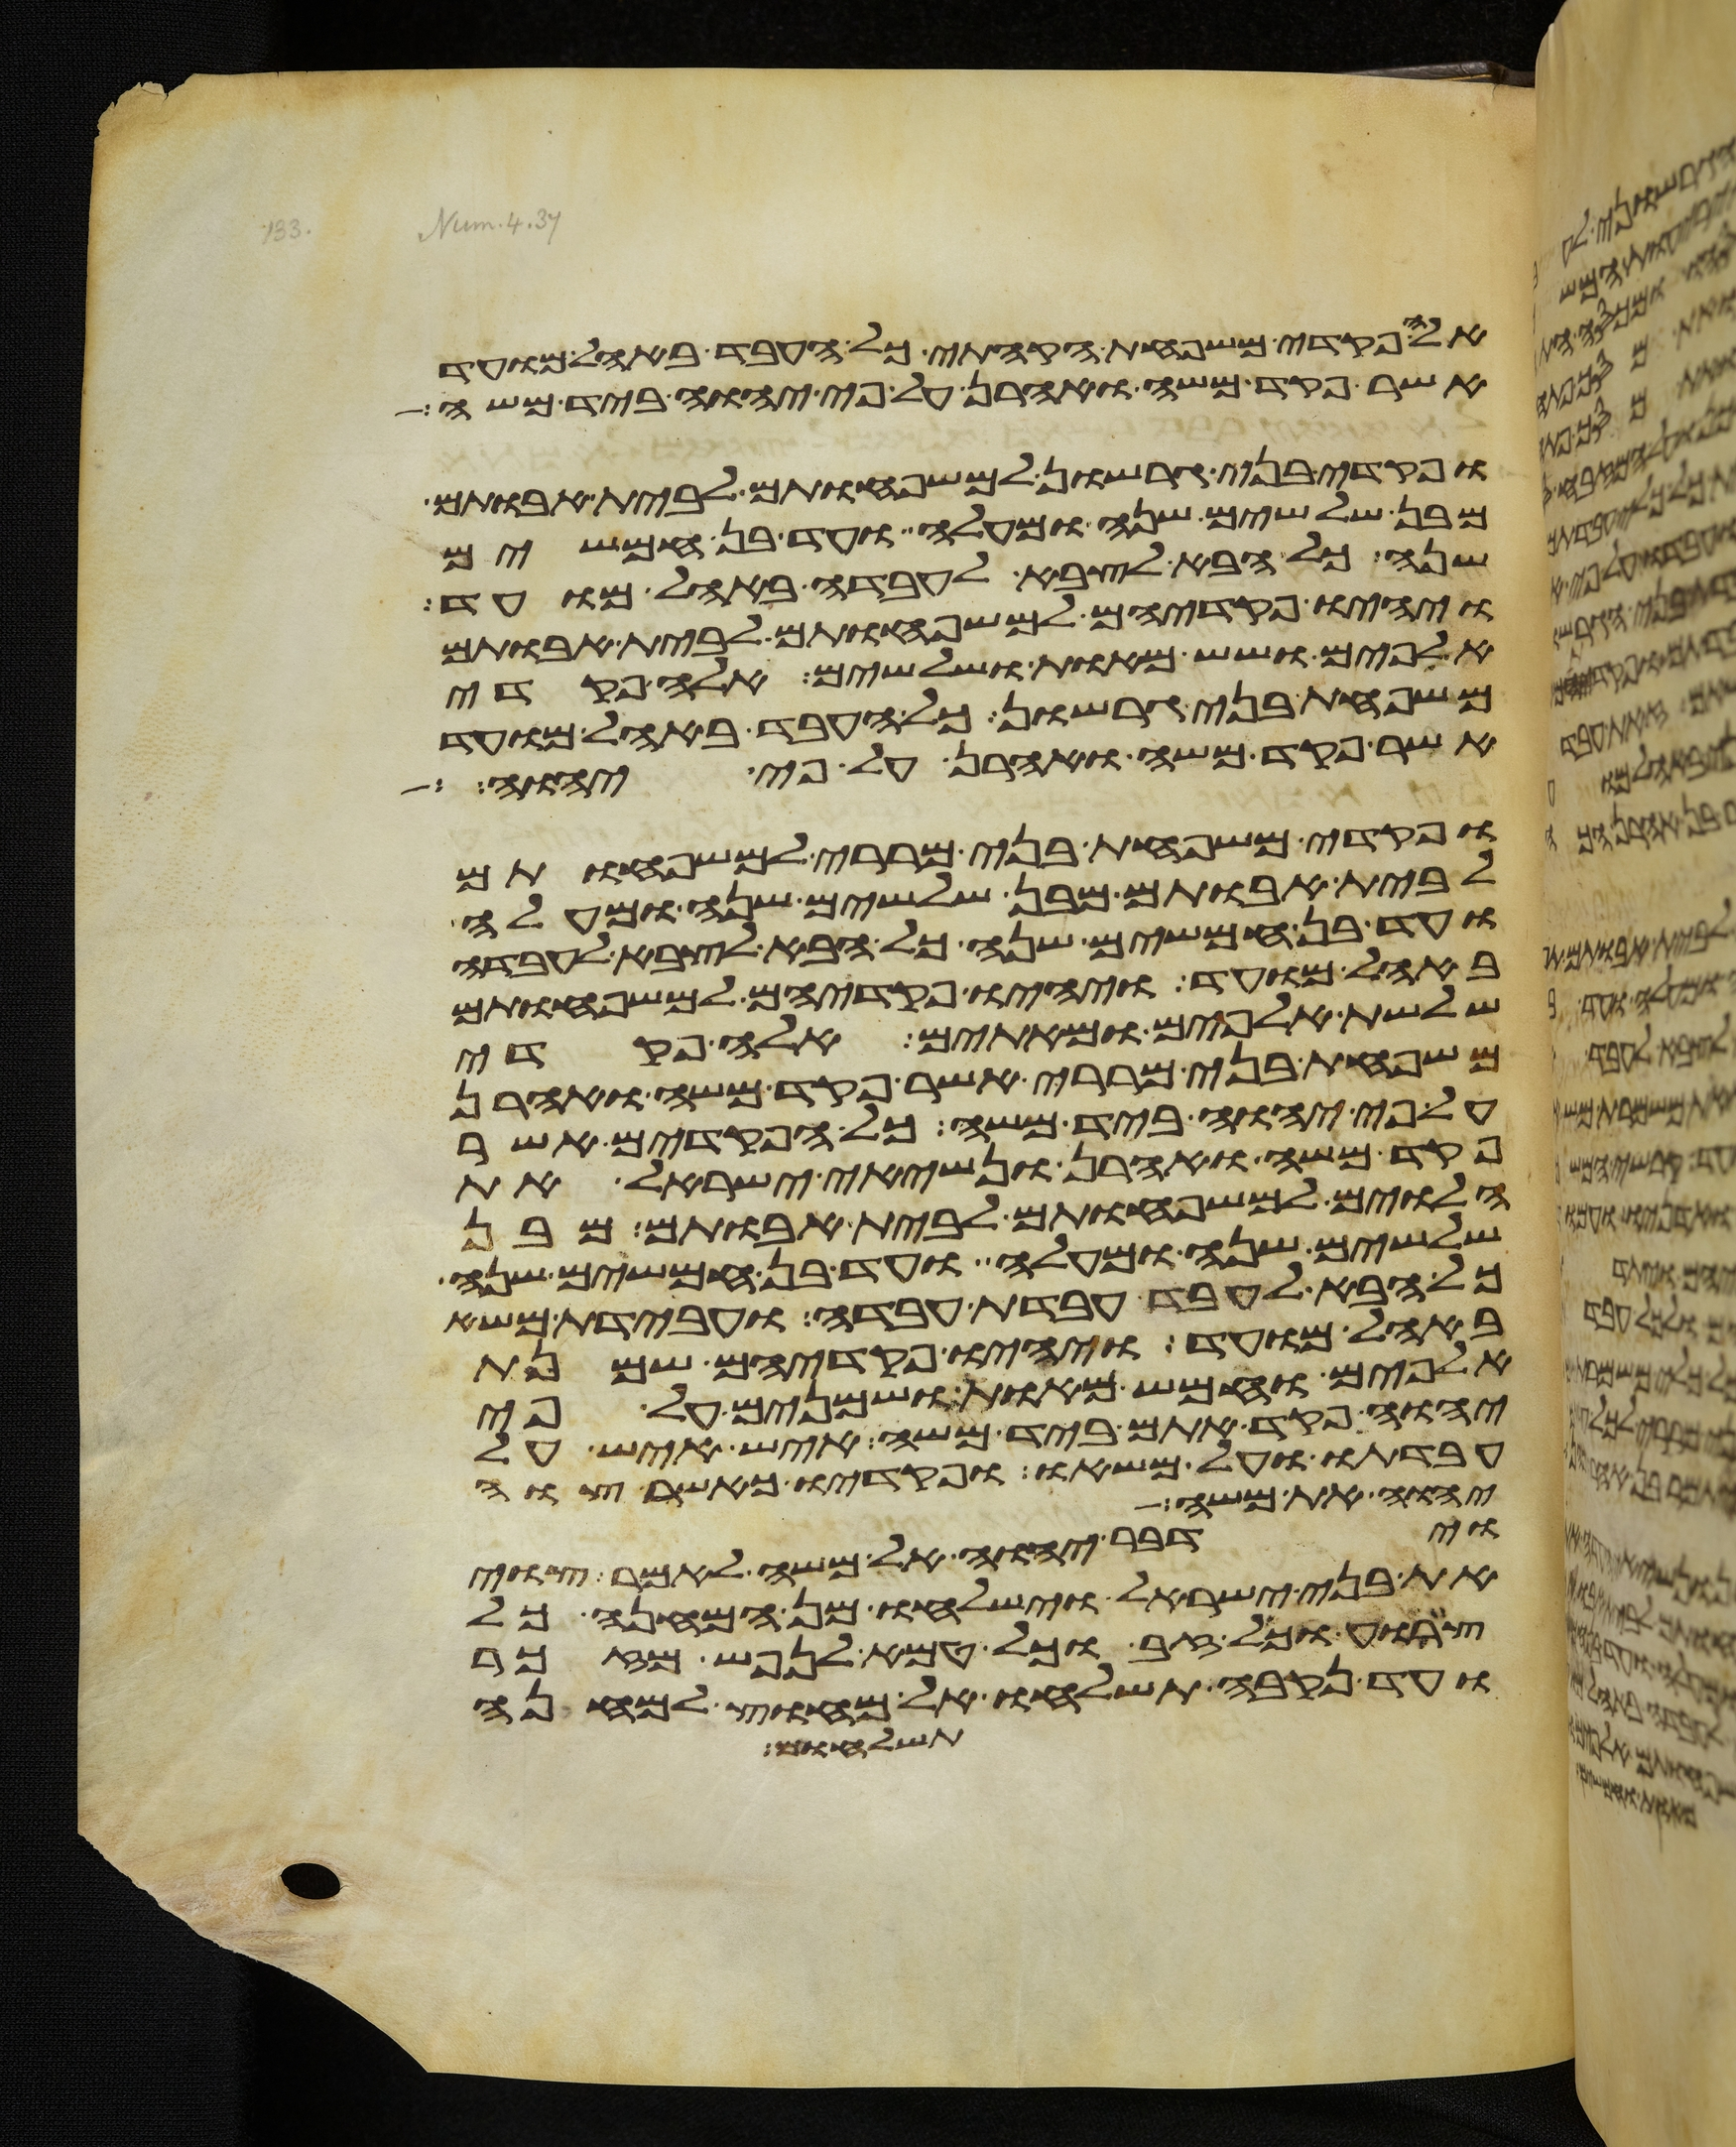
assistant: אלה פקדי משפחת הקהתי כל העבד באהל מועד
אשר פקד משה ואהרן על פי יהוה ביד משה
ופקדי בני גרשון למשפחותם לבית אבותם
מבן שלשים שנה ומעלה ועד בן חמשים
שנה כל הבא לצבא לעבדה באהל מועד
ויהיו פקדיהם למשפחותם לבית אבותם
אלפים ושש מאות ושלשים אלה פקדי
משפחת בני גרשון כל העבד באהל מועד
אשר פקד משה ואהרן על פי יהוה
ופקדי משפחת בני מררי למשפחותם
לבית אבותם מבן שלשים שנה ומעלה
ועד בן חמשים שנה כל הבא לצבא לעבדה
באהל מועד ויהיו פקדיהם למשפחותם
שלשת אלפים ומאתים אלה פקדי
משפחת בני מררי אשר פקד משה ואהרן
על פי יהוה ביד משה כל הפקדים אשר
פקד משה ואהרן ונשיאי ישראל את
הלוים למשפחותם לבית אבותם מבן
שלשים שנה ומעלה ועד בן חמשים שנה
כל הבא לעבד עבדת עבדה ועבדת משא
באהל מועד ויהיו פקדיהם שמנת
אלפים וחמש מאות ושמנים על פי
יהוה פקד אתם ביד משה איש איש על
עבדתו ועל משאו ופקדיו כאשר צוה
יהוה את משה
וידבר יהוה אל משה לאמר צוי
את בני ישראל וישלחו מן המחנה כל
צרוע וכל זב וכל טמא לנפש מזכר
ועד נקבה תשלחו אל מחוץ למחנה
תשלחום